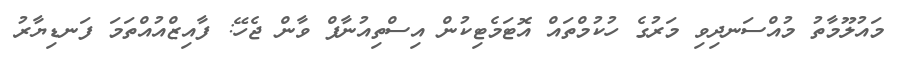
މައުލޫމާތު މުއްސަނދިވި މަރުގެ ހުކުމްތައް އޮޓަމެޓިކުން އިސްތިއުނާފް ވާން ޖެހޭ: ފާއިޒްއުއްތަމަ ފަނޑިޔާރު